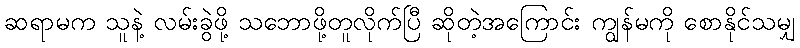
ဆရာမက သူနဲ့ လမ်းခွဲဖို့ သဘောဖို့တူလိုက်ပြီ ဆိုတဲ့အကြောင်း ကျွန်မကို စောနိုင်သမျှ